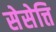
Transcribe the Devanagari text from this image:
सेसेत्ति